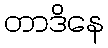
တာဒိနေ